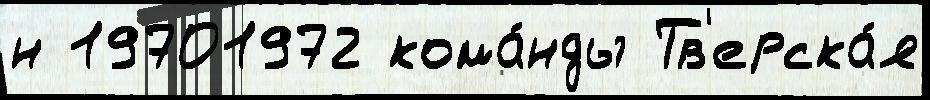
н 19701972 кома́нды Тв'ерска́я